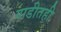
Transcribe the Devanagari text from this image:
गाडीतही